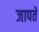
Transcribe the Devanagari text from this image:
जापते